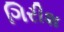
ગિરીશ